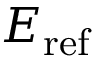
E _ { \mathrm { r e f } }